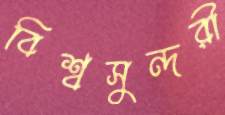
বিশ্বসুন্দরী